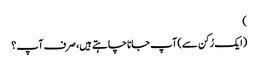
)
(ایک رُکن سے) آپ جانا چاہتے ہیں، صرف آپ؟